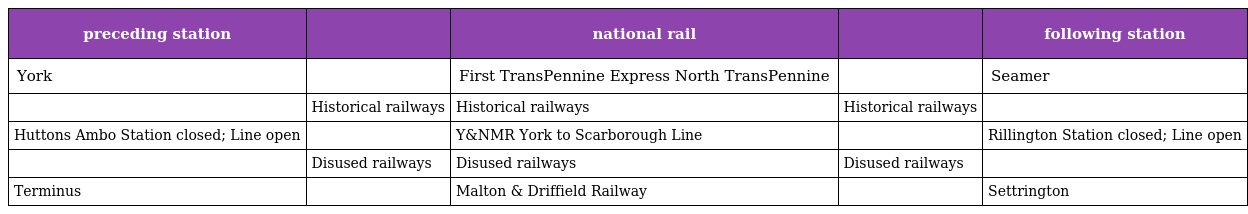
| preceding station |  | national rail |  | following station |
 | --- | --- | --- | --- | --- |
 | York |  | First TransPennine Express North TransPennine |  | Seamer |
 |  | Historical railways | Historical railways | Historical railways |  |
 | Huttons Ambo Station closed; Line open |  | Y&NMR York to Scarborough Line |  | Rillington Station closed; Line open |
 |  | Disused railways | Disused railways | Disused railways |  |
 | Terminus |  | Malton & Driffield Railway |  | Settrington |